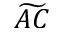
\widetilde { A C }